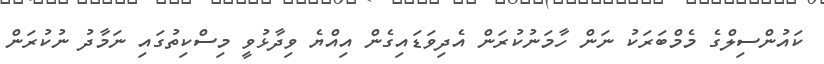
ކައުންސިލްގެ މެމްބަރަކު ނަން ހާމަނުކުރަން އެދިވަޑައިގެން އިއްޔެ ވިދާޅުވީ މިސްކިތުގައި ނަމާދު ނުކުރަން